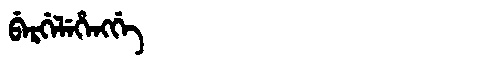
Manchu: ᠪᡝᡵᡤᡝᠯᡝᡥᡝᠩᡤᡝ
Romanization: BERGELEHENGGE